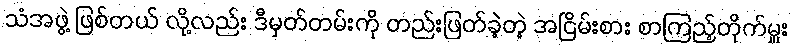
သံအဖွဲ့ ဖြစ်တယ် လို့လည်း ဒီမှတ်တမ်းကို တည်းဖြတ်ခဲ့တဲ့ အငြိမ်းစား စာကြည့်တိုက်မှူး